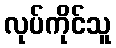
လုပ်ကိုင်သူ